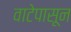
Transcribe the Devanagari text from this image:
वाटेपासून